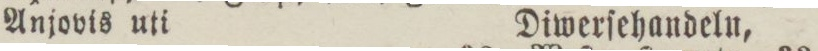
Anjovis uti    Diwerſehandeln,